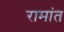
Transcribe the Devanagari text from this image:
रामांत